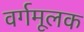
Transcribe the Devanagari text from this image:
वर्गमूलक